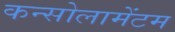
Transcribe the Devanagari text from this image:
कन्सोलामेंटम